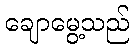
ချောမွေ့သည်